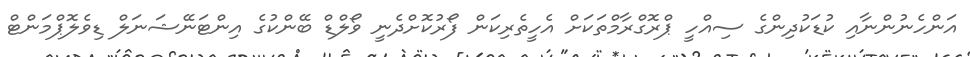
އަންހެނުންނާއި ކުޑަކުދިންގެ ސިއްހީ ޕްރޮގްރާމްތަކަށް އެހީތެރިކަން ފޯރުކޮށްދެނީ ވޯލްޑް ބޭންކުގެ އިންޓަނޭޝަނަލް ޑިވެލޮޕްމަންޓް